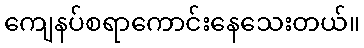
ကျေနပ်စရာကောင်းနေသေးတယ်။